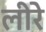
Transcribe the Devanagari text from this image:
लीरे